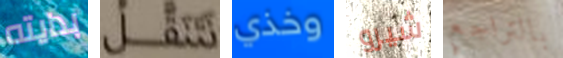
بدايته نتنقل وخذي شيرو بالتراجع